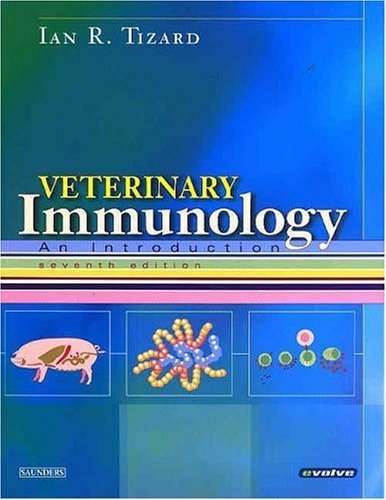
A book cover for Veterinary Immunology by Tizard PhD BSc BVMS, Ian R.. (Saunders,2004) [Paperback] 7th Edition; Medical Books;